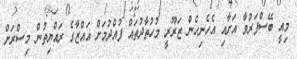
މިއީ ބޭސްފަރުވާ އަށާއި އެހެނިހެން ޒަރޫރީ މުހުތާދުތައް ފުއްދުމަށް ޣައްޒާގެ ރައްޔިތުން މިސްރަށް